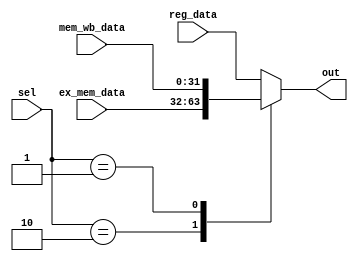
module bypath(
input wire [31:0]   reg_data,
input wire [31:0]   ex_mem_data,
input wire [31:0]   mem_wb_data,
input wire [1:0]    sel,
output wire [31:0]  out
    );
    
    /* the bypass is a 3-1 MUX */
    assign out = OUT(reg_data, ex_mem_data, mem_wb_data, sel);
    
    function [31:0] OUT;
    input [31:0]    a;
    input [31:0]    b;
    input [31:0]    c;
    input [1:0]     sel;
    begin
        case( sel )
        2'b00: OUT = a;
        2'b10: OUT = b;
        2'b01: OUT = c;
        default: OUT = a;
        endcase
    end
    endfunction
    
endmodule